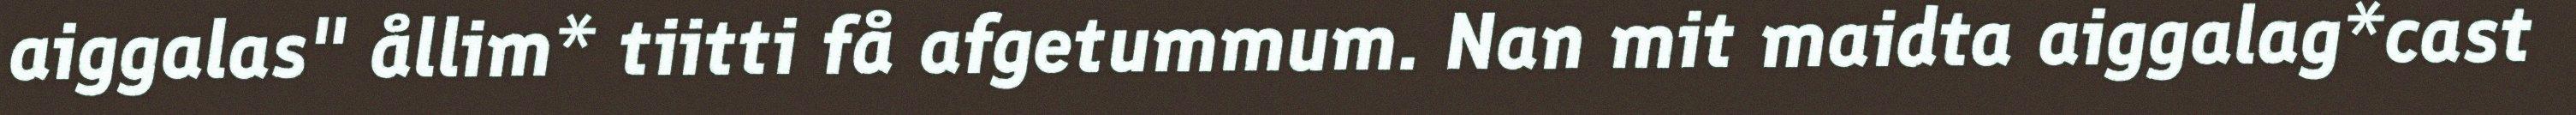
aiggalas" ållim* tiitti få afgetummum. Nan mit maidta aiggalag*cast